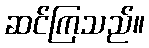
ဆင်ကြသည်။